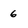
Character: 6